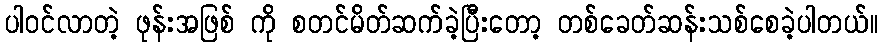
ပါဝင်လာတဲ့ ဖုန်းအဖြစ် ကို စတင်မိတ်ဆက်ခဲ့ပြီးတော့ တစ်ခေတ်ဆန်းသစ်စေခဲ့ပါတယ်။